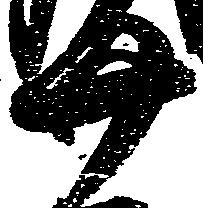
廿